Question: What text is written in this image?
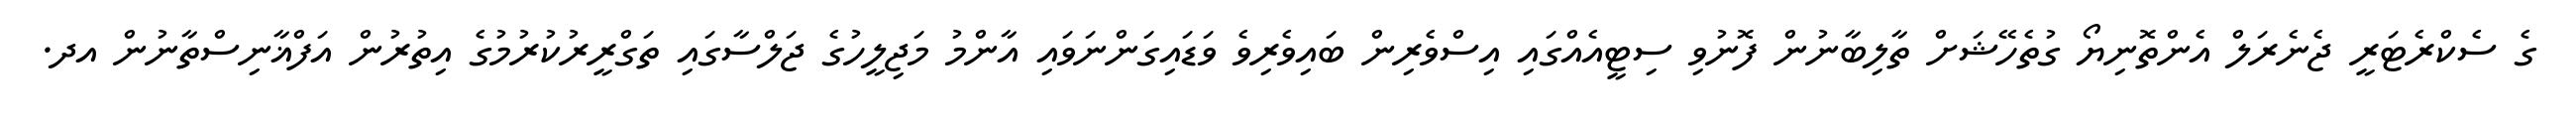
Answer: ގެ ސެކްރެޓަރީ ޖެނެރަލް އެންތޮނިޔޯ ގުތެހޭޝަށް ތާލިބާނުން ފޮނުވި ސިޓީއެއްގައި އިސްވެރިން ބައިވެރިވެ ވަޑައިގަންނަވައި އާންމު މަޖިލީހުގެ ޖަލްސާގައި ތަގްރީރުކުރުމުގެ އިތުރުން އަފްޣާނިސްތާނުން އދ.